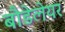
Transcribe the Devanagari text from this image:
बौडेलेयर